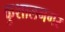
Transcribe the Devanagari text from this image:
कुशालनगर